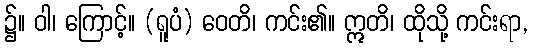
၌။ ဝါ၊ ကြောင့်။ (ရူပံ) ဝေတိ၊ ကင်း၏။ ဣတိ၊ ထိုသို့ ကင်းရာ,